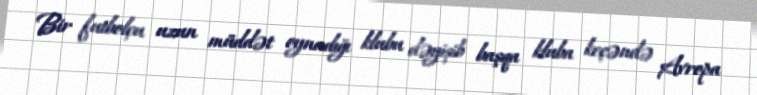
Bir futbolçu uzun müddət oynadığı klubu dəyişib başqa kluba keçəndə Avropa